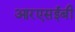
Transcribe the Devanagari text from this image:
आरएसईबी